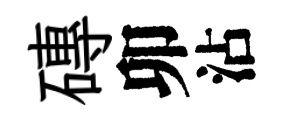
磚卯沾